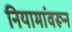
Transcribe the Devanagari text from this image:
नियामांवरून